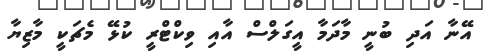
އޭނާ އަދި ބުނީ މާދަމާ އީގަލްސް އާއި ވިކްޓްރީ ކުޅޭ މެޗަކީ މާޒިޔާ